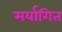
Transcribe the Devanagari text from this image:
मर्यागित